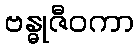
ဗန္ဓုဇီဝကာ